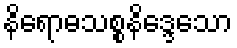
နိရောဓသစ္စနိဒ္ဒေသော